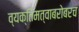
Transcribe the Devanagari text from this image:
व्यक्तिमत्वाबरोबरच